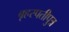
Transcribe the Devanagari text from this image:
बृहस्पतीपुत्र